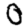
Digit: 0